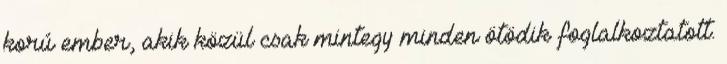
korú ember, akik közül csak mintegy minden ötödik foglalkoztatott.